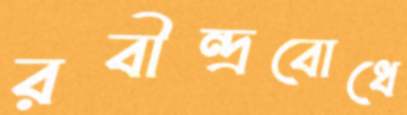
রবীন্দ্রবোধে